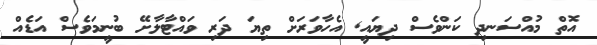
އޮތް މުއްސަނދި ކަންވެސް ދިޔައީ